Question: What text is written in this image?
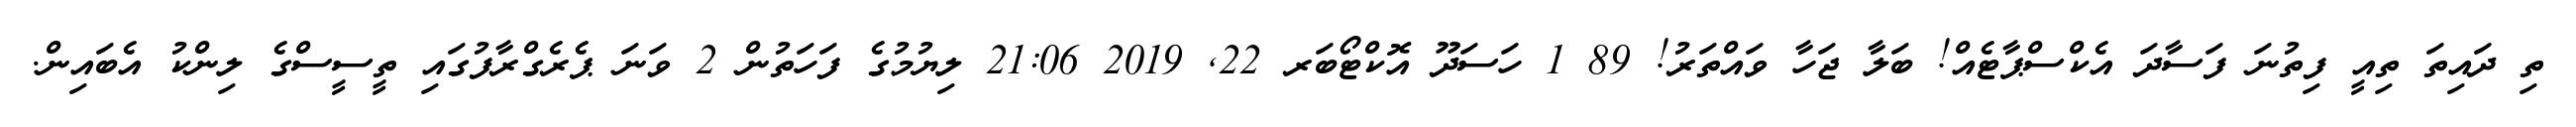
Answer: ތި ދައިތަ ތިއީ ފިތުނަ ފަސާދަ އެކްސްޕާޓެއް! ބަލާ ޖަހާ ވައްތަރު! 89 1 ހަސަދޫ އޮކްޓޯބަރ 22, 2019 21:06 ލިޔުމުގެ ފަހަތުން 2 ވަނަ ޕެރެގްރާފުގައި ތީސީސްގެ ލިންކު އެބައިން.